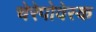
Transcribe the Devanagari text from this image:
चेरेपोवेस्क